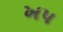
ખપ